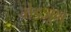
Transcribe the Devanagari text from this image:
मेडज़ून